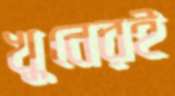
খুনেরই